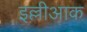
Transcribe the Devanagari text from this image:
इल्लीआक